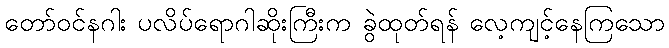
တော်ဝင်နဂါး ပလိပ်ရောဂါဆိုးကြီးက ခွဲထုတ်ရန် လေ့ကျင့်နေကြသော